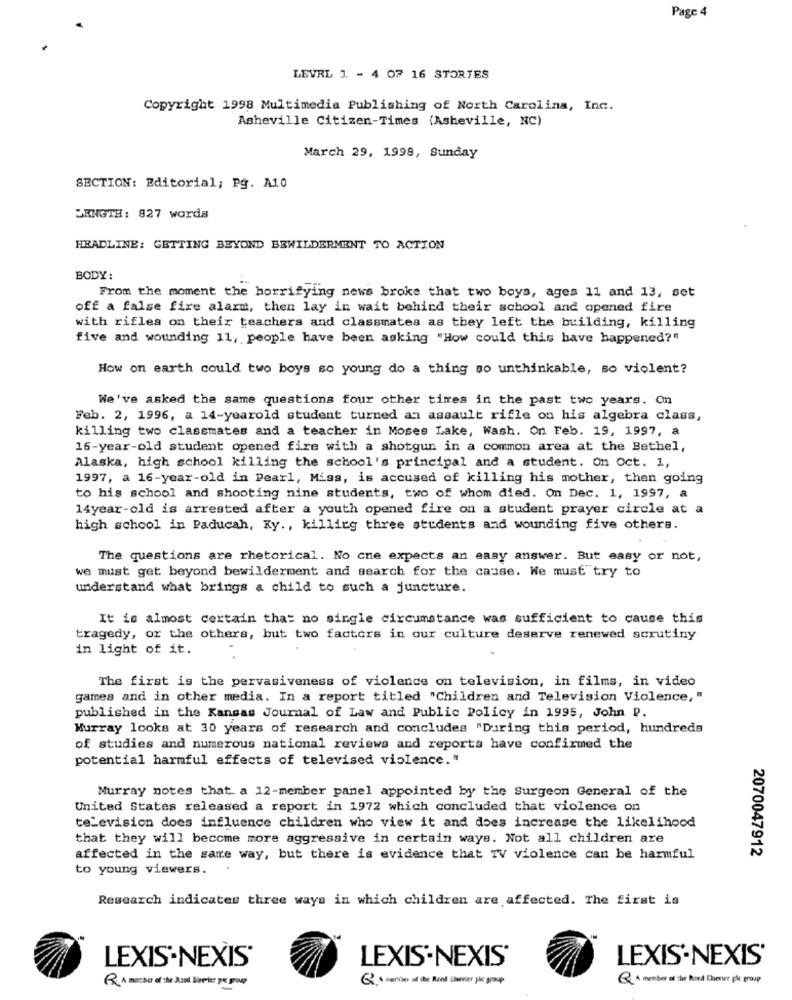
Page 4
LEVRL 1 - 4 07 16 STORIES
Copyright 1998 Multimedia Publishing of North Carolina, Inc.
Asheville Citizen-Times (Asheville, NC)
March 29, 1998, Sunday
SECTION: Editorial; Pg. A10
JRNGTH: 827 words
HEADLINE: GETTING BEYOND BEWILDERMENT TO ACTION
BODY:
From the moment the horrifying news broke that two boys, ages 11 and 13, set
off a false fire alarm, then lay in wait behind their school and opened fire
with rifles on their teachers and classmates as they left the building, killing
five and wounding 11, people have been asking "How could this have happened?"
How on earth could two boys so young do a thing so unthinkable, so violent?
We've asked the same questions four other times in the past two years. On
Feb. 2, 1996, a 14-yearold student turned an assault rifle on his algebra class,
killing two classmates and a teacher in Moses Lake, Wash. On Feb. 19, 1997, a
16-year-old student opened fire with a shotgun in a common area at the Bethel,
Alaska, high school killing the school's principal and a student. On oct. 1,
1997, a 16-year-old in Pearl, Miss, is accused of killing his mother, then going
to his school and shooting nine students, two of whom died. On Dec. 1, 1997, a
14year-old is arrested after a youth opened fire on a student prayer circle at a
high school in Paducah, Ky ., killing three students and wounding five others.
The questions are rhetorical. No cne expects an easy answer. But easy or not,
we must get beyond bewilderment and search for the cause. We must try to
understand what brings a child to such a juncture.
It is almost certain that no single circumstance was sufficient to cause this
tragedy, or the others, but two factors in our culture deserve renewed scrutiny
in light of it.
The first is the pervasiveness of violence on television, in films, in video
games and in other media. In a report titled "Children and Television Violence,"
published in the Kansas Journal of Law and Public Policy in 1995, John D.
Murray looks at 30 years of research and concludes "During this period, hundreds
of studies and numerous national reviews and reports have confirmed the
potential harmful effects of televised violence. "
Murray notes that a 12-member panel appointed by the Surgeon General of the
United States released a report in 1972 which concluded that violence on
television does influence children who view it and does increase the likelihood
that they will become more aggressive in certain ways. Not all children are
affected in the same way, but there is evidence that TV violence can be harmful
2070047912
to young viewers.
Research indicates three ways in which children are affected. The first is
LEXIS-NEXIS'
LEXIS-NEXIS'
LEXIS-NEXIS'
P. A member of the Rood Blocker ge group
Q A member of the Road Chever pl group